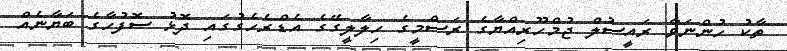
ތާކު ހުންނަވާ ރައީސުލް ޖުމްހޫރިއްޔާގެ ރަސްމީގެ ހިލާލީގޭގެ އެޑްރެހެގުގައި ދޮޅު ސޮފުހާގެ ބަޔާނެއް